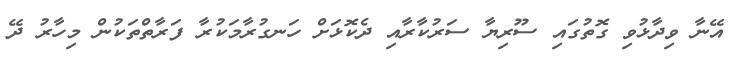
އޭނާ ވިދާޅުވި ގޮތުގައި ސޫރިޔާ ސަރުކާރާއި ދެކޮޅަށް ހަނގުރާމަކުރާ ފަރާތްތަކުން މިހާރު ދޭ